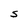
Character: S